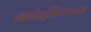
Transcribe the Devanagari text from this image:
कामेसुमिच्छाचारा